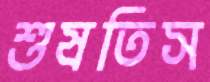
শুষতিস